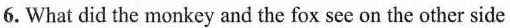
6. What did the monkey and the fox see on the other side